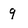
Character: q